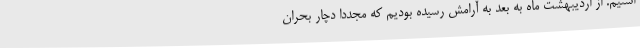
اشتیم. از اردیبهشت ماه به بعد به آرامش رسیده بودیم که مجددا دچار بحران